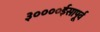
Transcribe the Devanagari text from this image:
३००००ईसापूर्व